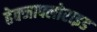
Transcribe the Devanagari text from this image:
हेक्जाफ्लोराइड